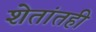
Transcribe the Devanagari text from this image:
शेतांतही